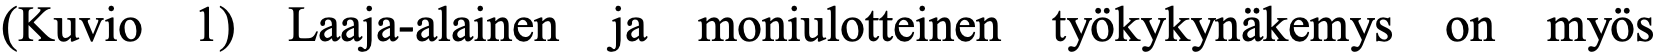
(Kuvio 1) Laaja-alainen ja moniulotteinen työkykynäkemys on myös